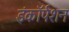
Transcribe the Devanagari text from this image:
इंकॉर्पशन